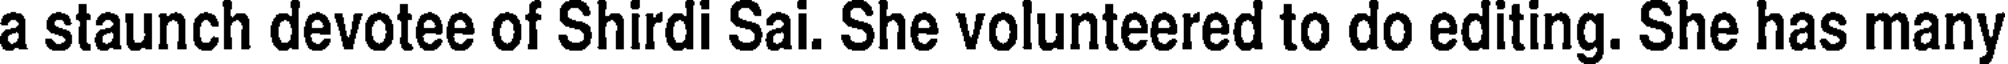
a staunch devotee of Shirdi Sai. She volunteered to do editing. She has many